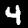
Label: 4